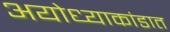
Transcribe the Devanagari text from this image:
अयोध्याकांडात